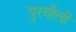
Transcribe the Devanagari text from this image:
पुरवीली